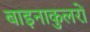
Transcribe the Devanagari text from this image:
बाइनाकुलरों